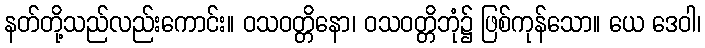
နတ်တို့သည်လည်းကောင်း။ ဝသဝတ္တိနော၊ ဝသဝတ္တိဘုံ၌ ဖြစ်ကုန်သော။ ယေ ဒေဝါ၊